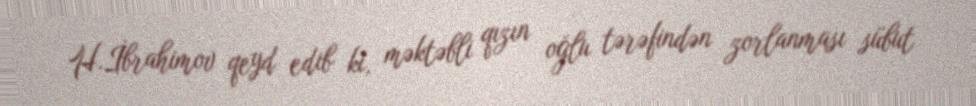
H.İbrahimov qeyd edib ki, məktəbli qızın oğlu tərəfindən zorlanması sübut